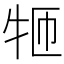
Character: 𱭪